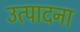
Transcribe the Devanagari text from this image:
उत्पादना